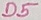
Text: D5